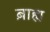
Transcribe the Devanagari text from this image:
ब़ाह्य